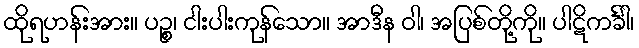
ထိုရဟန်းအား။ ပဉ္စ၊ ငါးပါးကုန်သော။ အာဒီန ဝါ၊ အပြစ်တို့ကို။ ပါဋိကင်္ခါ၊